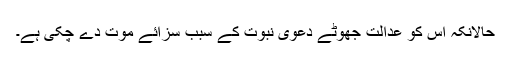
حالانکہ اس کو عدالت جھوٹے دعوی نبوت کے سبب سزائے موت دے چکی ہے۔